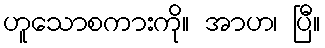
ဟူသောစကားကို။ အာဟ၊ ပြီ။